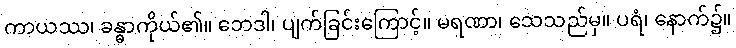
ကာယဿ၊ ခန္ဓာကိုယ်၏။ ဘေဒါ၊ ပျက်ခြင်းကြောင့်။ မရဏာ၊ သေသည်မှ။ ပရံ၊ နောက်၌။